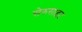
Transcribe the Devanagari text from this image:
सेरुसाइट